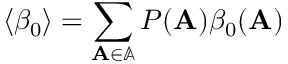
\langle \beta _ { 0 } \rangle = \sum _ { \mathbf { A } \in \mathbb { A } } P ( \mathbf { A } ) \beta _ { 0 } ( \mathbf { A } )